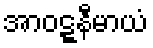
အာဝဋ္ဋနီမာယံ